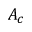
A _ { c }